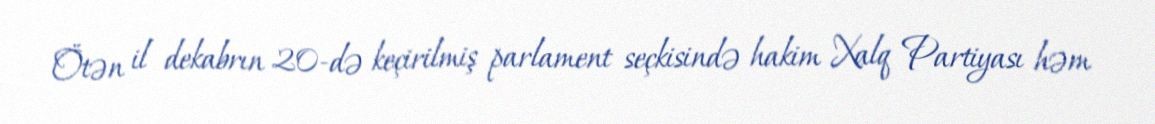
Ötən il dekabrın 20-də keçirilmiş parlament seçkisində hakim Xalq Partiyası həm